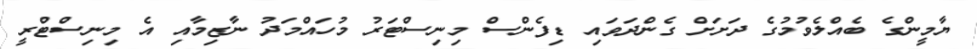
ޔާމީންގެ ބެއްލެވުމުގެ ދަށަށް ގެންދަވައި ޑިފެންސް މިނިސްޓަރު މުހައްމަދު ނާޒިމާއި އެ މިނިސްޓްރީ